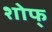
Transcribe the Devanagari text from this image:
शोफ्